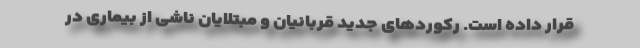
قرار داده است. رکوردهای جدید قربانیان و مبتلایان ناشی از بیماری در